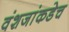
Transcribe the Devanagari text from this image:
वंशजांकडेच